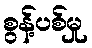
စွန့်ပစ်မှု